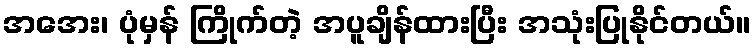
အအေး၊ ပုံမှန် ကြိုက်တဲ့ အပူချိန်ထားပြီး အသုံးပြုနိုင်တယ်။